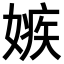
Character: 嫉